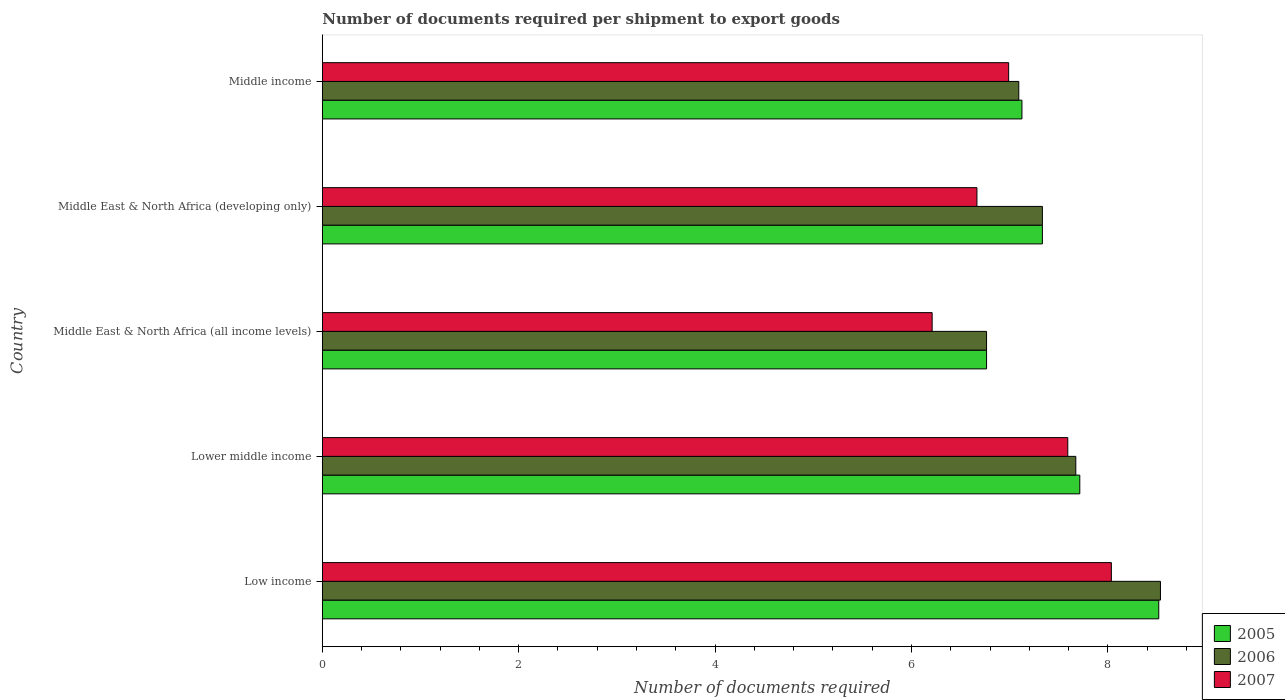
| Country | 2005 | 2006 | 2007 |
 | --- | --- | --- | --- |
 | Low income | 8.52 | 8.54 | 8.04 |
 | Lower middle income | 7.71 | 7.67 | 7.59 |
 | Middle East & North Africa (all income levels) | 6.76 | 6.76 | 6.21 |
 | Middle East & North Africa (developing only) | 7.33 | 7.33 | 6.67 |
 | Middle income | 7.12 | 7.09 | 6.99 |